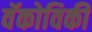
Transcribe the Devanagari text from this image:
वॅकोविकी